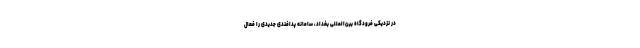
در نزدیکی فرودگاه بین‌المللی بغداد، سامانه پدافندی جدیدی را فعال